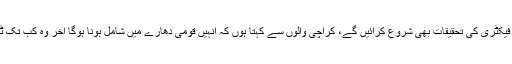
رہنما پی ٹی آئی نے کہا کہ ہم سانحہ بلدیہ فیکٹری کی تحقیقات بھی شروع کرائیں گے، کراچی والوں سے کہتا ہوں کہ انہیں قومی دھارے میں شامل ہونا ہوگا آخر وہ کب تک ٹرک کی لائٹ کے پیچھے لگیں رہیں گے۔